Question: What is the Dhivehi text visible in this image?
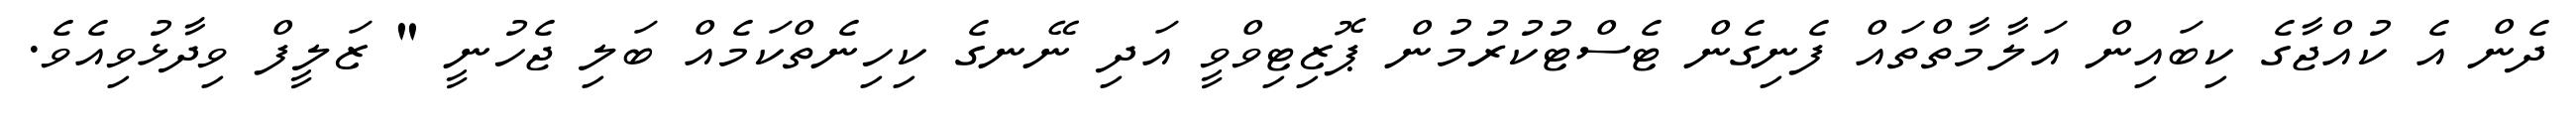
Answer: ދެން އެ ކުއްޖާގެ ކިބައިން އަލާމާތްތައް ފެނިގެން ޓެސްޓުކުރުމުން ޕޮޒިޓިވްވީ އަދި ނޭނގެ ކިހިނެތްކަމެއް ބަލި ޖެހުނީ " ޒަލީފް ވިދާޅުވިއެވެ.